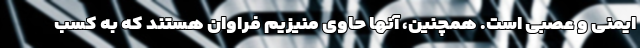
ایمنی و عصبی است. همچنین، آنها حاوی منیزیم فراوان هستند که به کسب